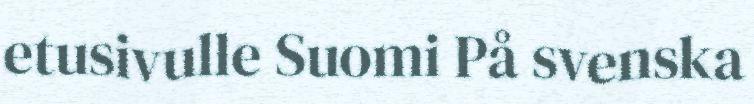
etusivulle Suomi På svenska